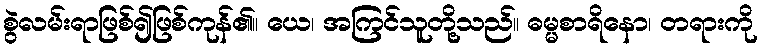
စွဲလမ်းရာဖြစ်၍ဖြစ်ကုန်၏။ ယေ၊ အကြင်သူတို့သည်။ ဓမ္မစာရိနော၊ တရားကို